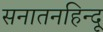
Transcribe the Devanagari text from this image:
सनातनहिन्दू